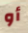
أو